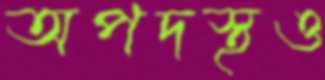
অপদস্থও